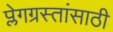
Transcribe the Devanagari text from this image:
प्लेगग्रस्तांसाठी